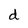
Character: d